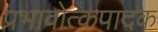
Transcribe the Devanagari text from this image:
प्रभावोत्कपादक